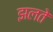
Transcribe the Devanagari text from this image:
झलते